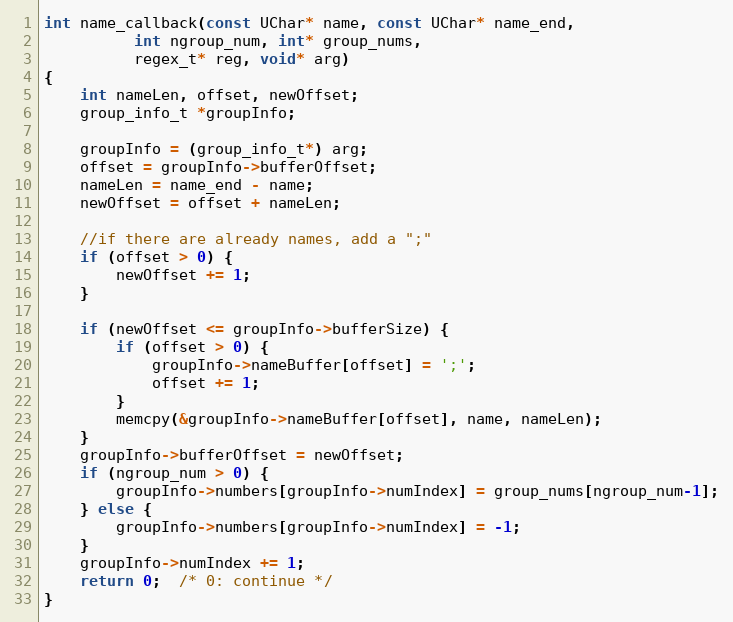
Language: C
int name_callback(const UChar* name, const UChar* name_end,
          int ngroup_num, int* group_nums,
          regex_t* reg, void* arg)
{
    int nameLen, offset, newOffset;
    group_info_t *groupInfo;

    groupInfo = (group_info_t*) arg;
    offset = groupInfo->bufferOffset;
    nameLen = name_end - name;
    newOffset = offset + nameLen;

    //if there are already names, add a ";"
    if (offset > 0) {
        newOffset += 1;
    }

    if (newOffset <= groupInfo->bufferSize) {
        if (offset > 0) {
            groupInfo->nameBuffer[offset] = ';';
            offset += 1;
        }
        memcpy(&groupInfo->nameBuffer[offset], name, nameLen);
    }
    groupInfo->bufferOffset = newOffset;
    if (ngroup_num > 0) {
        groupInfo->numbers[groupInfo->numIndex] = group_nums[ngroup_num-1];
    } else {
        groupInfo->numbers[groupInfo->numIndex] = -1;
    }
    groupInfo->numIndex += 1;
    return 0;  /* 0: continue */
}